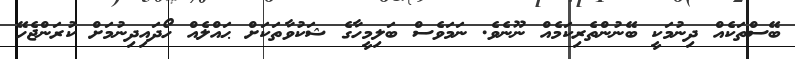
ބޭސްތަކެއް ދިނުމަކީ ބޭނުންތެރިކަމެއް ނޫނެވެ. ނަމަވެސް ބަލިމީހާގެ ޝަކުވާތަކަށް ޙައްލެއް ހޯދައިދިނުމަށް ކުރަންޖެހޭ